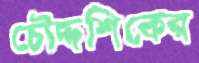
চৌদ্দশিকের